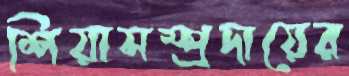
শিয়াসম্প্রদায়ের